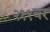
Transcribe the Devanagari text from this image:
२११वर